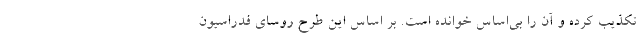
تکذیب کرده و آن را بی‌اساس خوانده است. بر اساس این طرح روسای فدراسیون